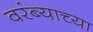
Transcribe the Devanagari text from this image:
वरंब्याच्या